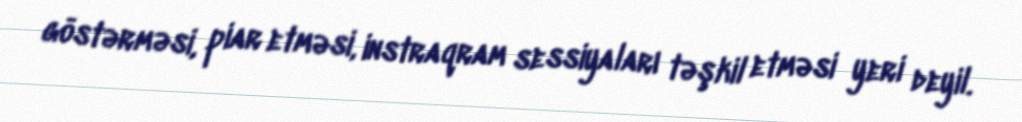
göstərməsi, piar etməsi, instraqram sessiyaları təşkil etməsi yeri deyil.